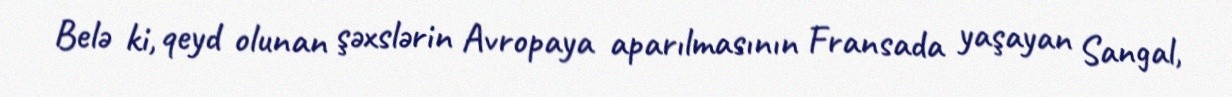
Belə ki, qeyd olunan şəxslərin Avropaya aparılmasının Fransada yaşayan Sangal,